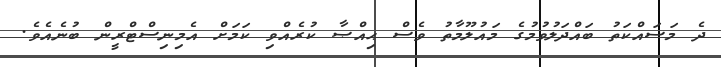
ދެ މަސައްކަތު ބައްދަލުވުމުގެ މައުލޫމާތު ވެސް ޙިއްޞާ ކުރެއްވި ކަމަށް އެމިނިސްޓްރީން ބުނެއެވެ.